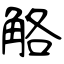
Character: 觡